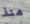
منذ